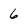
Character: 6